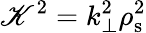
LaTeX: \mathscr{K}^{2}=k_{\bot}^{2}\rho_{\mathrm{{s}}}^{2}